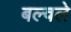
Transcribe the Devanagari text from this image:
बल्वले